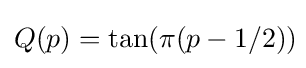
Q(p)=\tan(\pi (p-1/2))\!